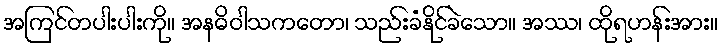
အကြင်တပါးပါးကို။ အနဓိဝါသကတော၊ သည်းခံနိုင်ခဲသော။ အဿ၊ ထိုရဟန်းအား။